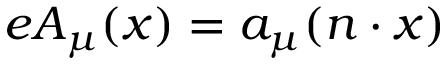
\begin{array} { r } { e A _ { \mu } ( x ) = a _ { \mu } ( n \cdot x ) } \end{array}